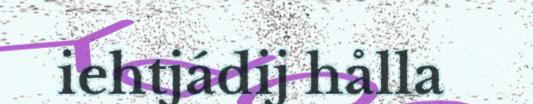
iehtjádij hålla